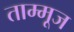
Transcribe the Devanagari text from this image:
ताम्मूज